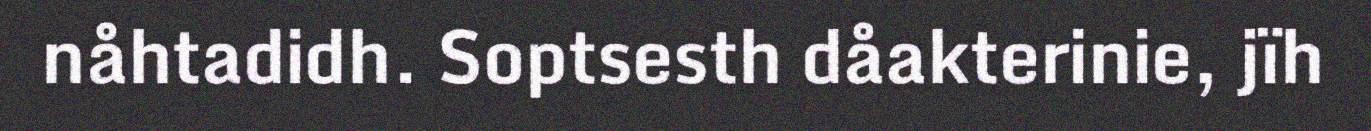
nåhtadidh. Soptsesth dåakterinie, jïh